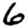
Digit: 6